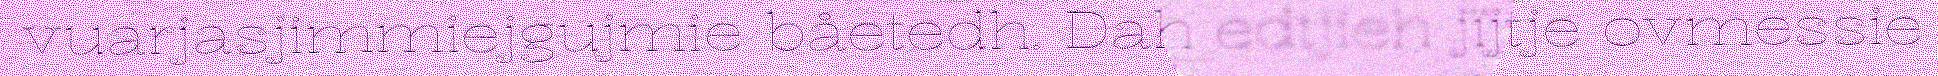
vuarjasjimmiejgujmie båetedh. Dah edtjieh jïjtje ovmessie